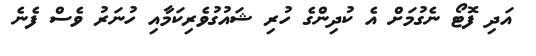
އަދި ފޮޓޯ ނެގުމަށް އެ ކުދިންގެ ހުރި ޝައުގުވެރިކަމާއި ހުނަރު ވެސް ފެނެ